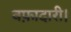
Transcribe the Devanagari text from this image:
वफ़ादारी।